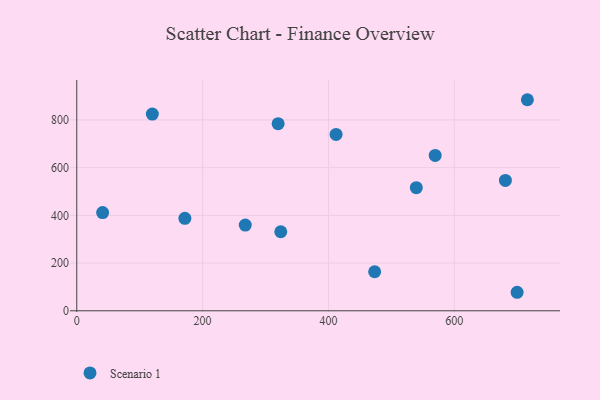
{"axis": {"x": "Distance", "y": "Yield"}, "legend": ["Scenario 1"], "data": [{"x": "267.8", "y": 359.1, "type": "Scenario 1"}, {"x": "324.2", "y": 331.3, "type": "Scenario 1"}, {"x": "473.4", "y": 163.7, "type": "Scenario 1"}, {"x": "716.1", "y": 884.7, "type": "Scenario 1"}, {"x": "120.1", "y": 824.4, "type": "Scenario 1"}, {"x": "41.1", "y": 411.8, "type": "Scenario 1"}, {"x": "681.2", "y": 546.4, "type": "Scenario 1"}, {"x": "320.0", "y": 784.5, "type": "Scenario 1"}, {"x": "569.6", "y": 651.2, "type": "Scenario 1"}, {"x": "539.6", "y": 516.0, "type": "Scenario 1"}, {"x": "412.1", "y": 739.4, "type": "Scenario 1"}, {"x": "171.8", "y": 387.5, "type": "Scenario 1"}, {"x": "699.8", "y": 77.6, "type": "Scenario 1"}]}